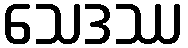
သေဒဿ